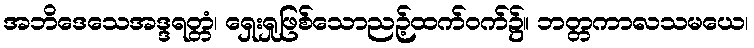
အဘိဒေသေအဒ္ဒရတ္တံ၊ ရှေးရှုဖြစ်သောညဉ့်ထက်ဝက်၌။ ဘတ္တကာလသမယေ၊